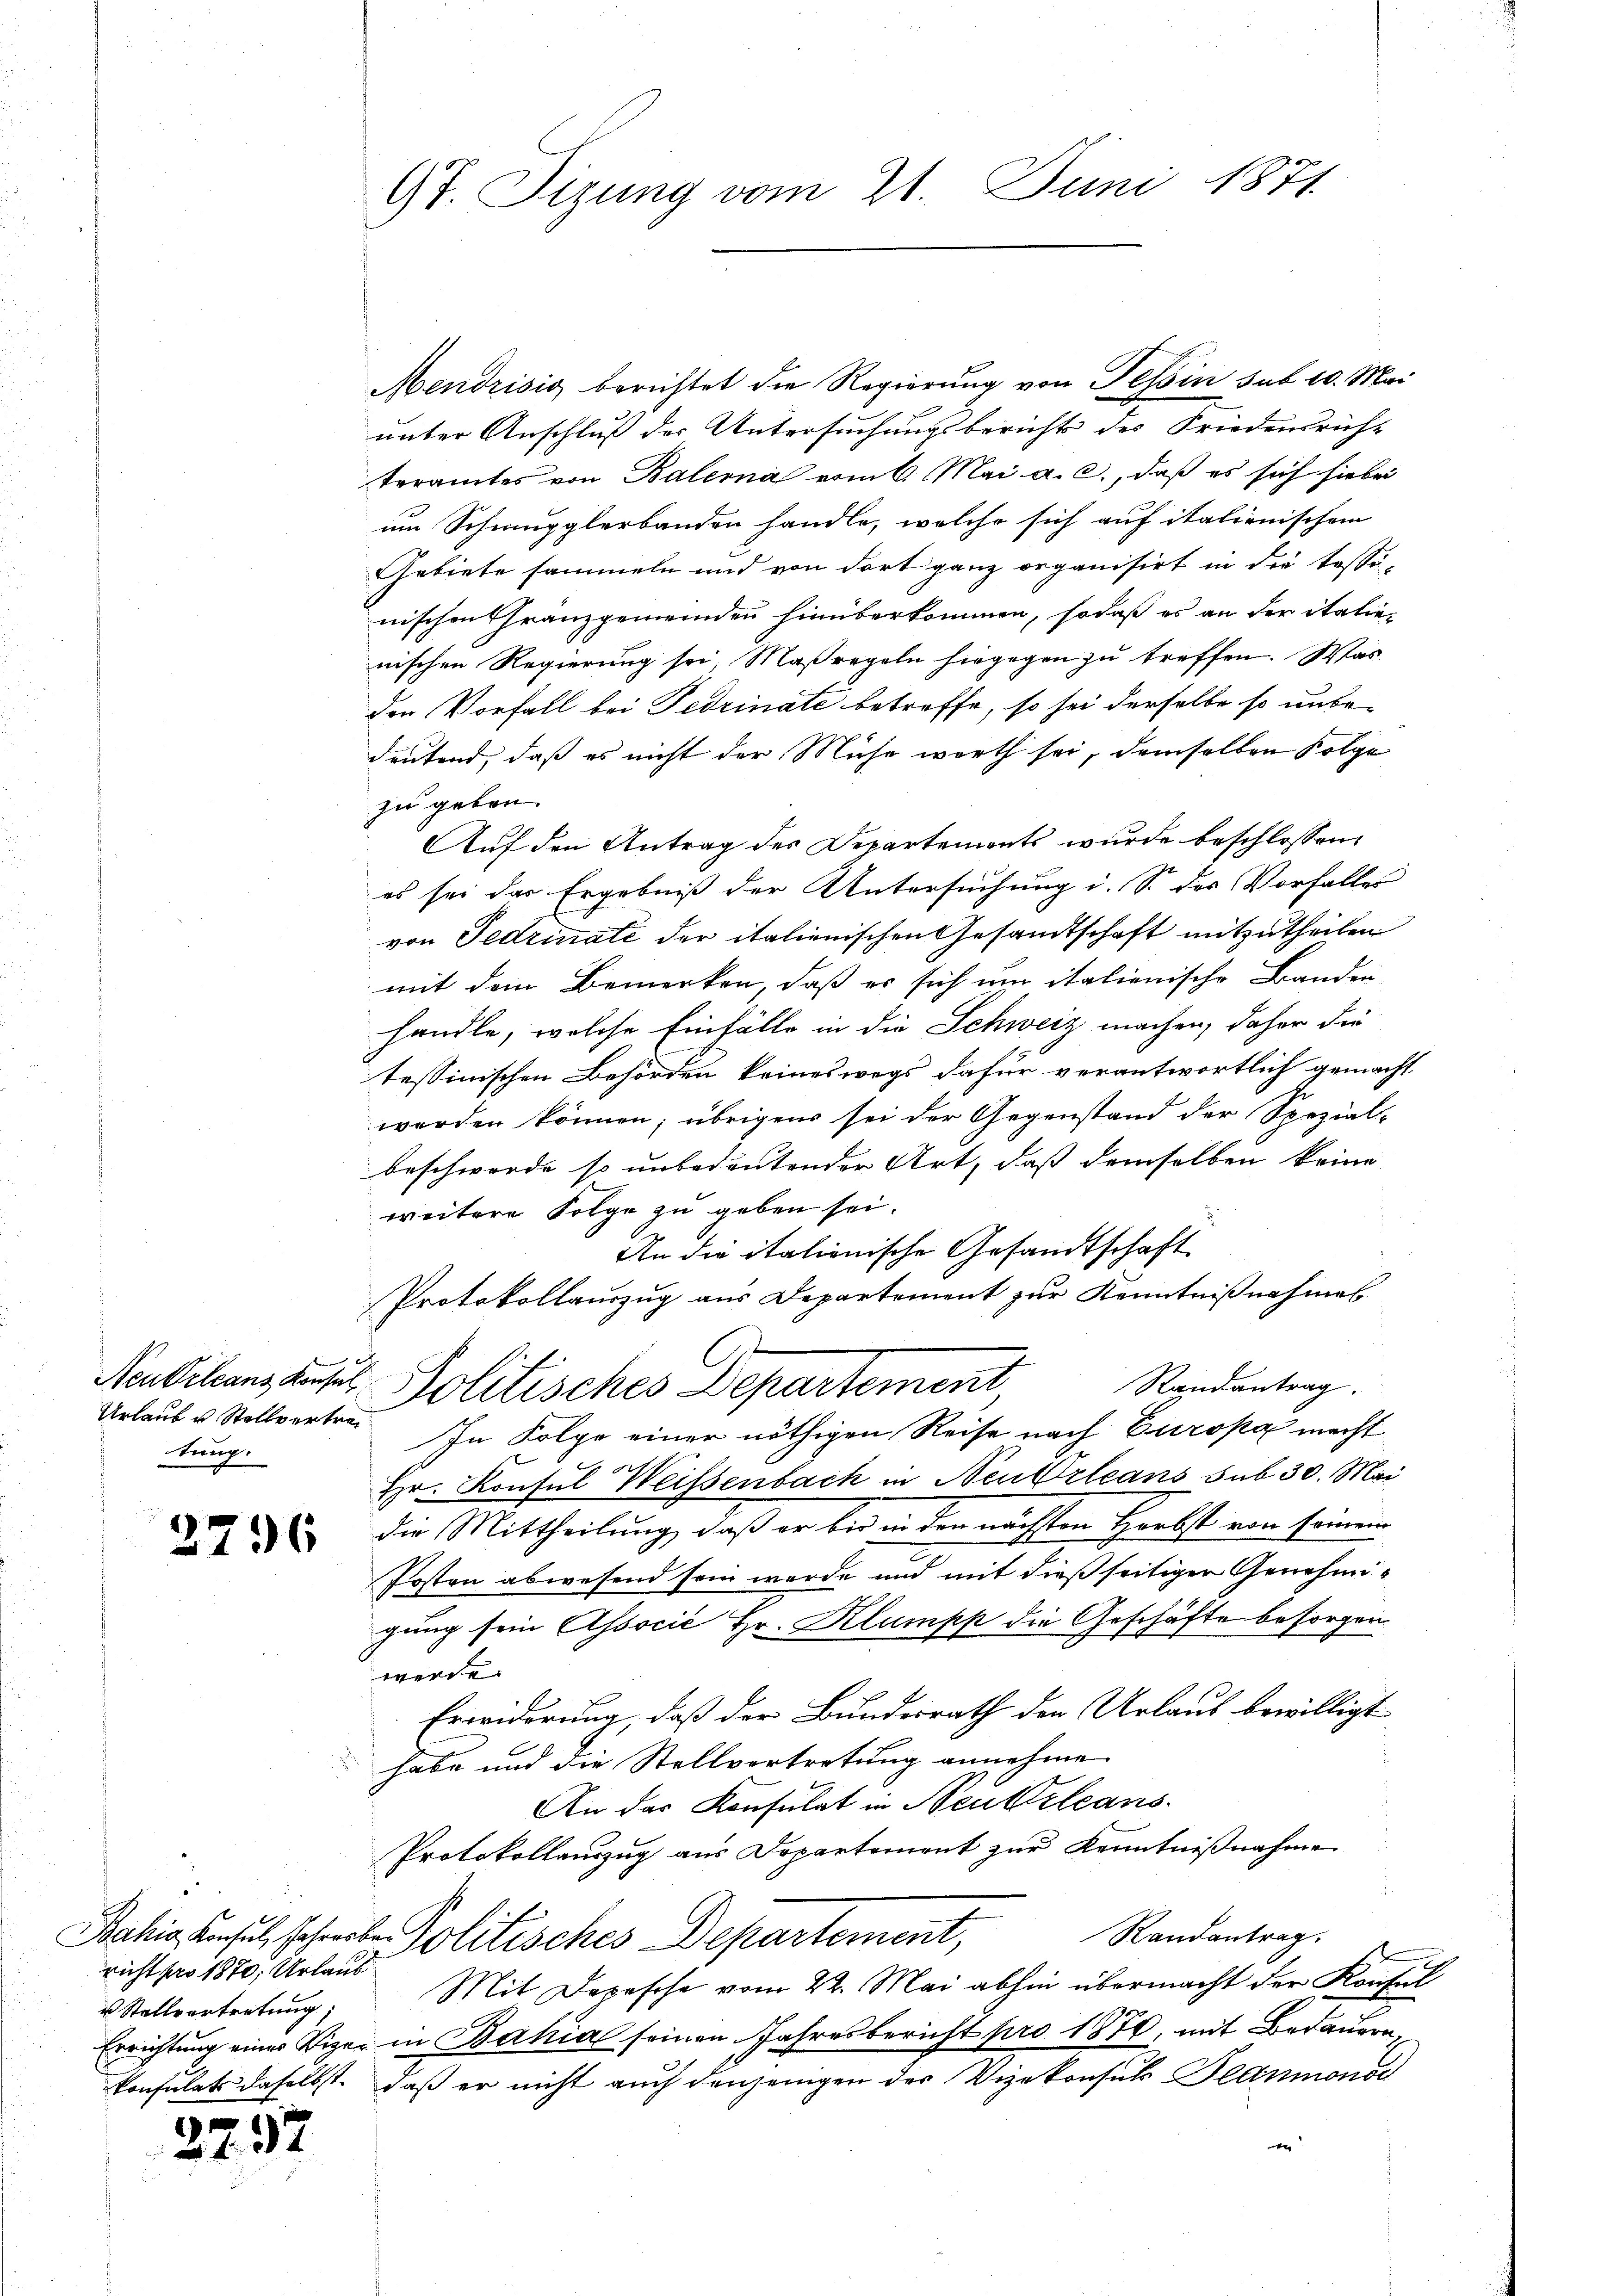
Urlaub u. Stellvertretung.

2296

.
2
richt pro 1870; Urlaub
u Stellvertretung;

2

23.

9t. Tizung vom 21. Juni 1871.

Mendrisis berichtet die Regierung von Tessin sub 10. Mai
unter Anschluß der Untersuchungsberichts des Friedensrich-
teramtes von Balerna vom 6. Mai a. c., daß es sich hiebei
um Schmugglerbanden handle, welche sich auf italienischem
Gebiete sammeln und von dort ganz organisirt in die Tessi-
nischen Granzgemeinden hinüberkommen, sodaß es an der italien
nischen Regierung sei, Maßregeln hingegen zu treffen. Was
den Vorfall bei Fedrinate betreffe, so sei derselbe so unbe-
deutend, daß es nicht der Mühe worth sei, demselben Folge
zu geben.
Auf den Antrag der Departements wurde beschlossen:
es sei das Ergebniß der Untersuchung i. So des Vorfalles
von Gedinati der italienischen Gesandtschaft mitzutheilen
mit dem Bemerken, daß es sich um italienische Banden
handle, welche Einfälle in die Schweiz machen, daher die
tessinischen Behörden keineswegs dafür verantwortlich gemacht,
werden können; übrigens sei der Gegenstand der Spezial-
beschwerde so unbedeutender Art, daß demselben keine
weitere Folge zu geben sei.
An die itationische Gesandtschaft
Protokollauszug aus Departement zur Kenntnißnahmes
Randantrag.
Neubilanz aus Politisches Departement
In Folge einer nöthigen Reise nach Europa macht
Hr. Konsul Weissenbach in Neu Orleans sub 30. Mai
die Mittheilung, daß er bis in den nächsten Herbst von seinem
Posten abwesend sein werde und mit dieß seitiger Genehmigung sein Associé Hr. Klumpp die Geschäfte besorgen
werde.
Erwiderung, daß der Bundesrath den Urlaub bewilligt
habe und die Stellvertretung annehme
An das Konsulat in Neukrleans
Protokollauszug aus Departement zur Kenntnißnahme
Randantrag.
Bahia Ainsich schreiben Politisches Departement,
Mit Depesche vom 22. Mai abhin übermacht der Konsul
Errichtung einer Vizer in Bahia seinen Jahresbericht pro 1876, mit Bedauern
konsulats daselbst, daß er nicht auch denjenigen der Vizekonsul Flammonsc
e